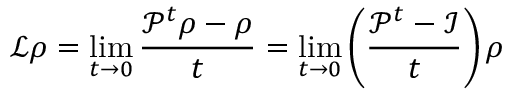
\mathcal { L } \rho = \operatorname* { l i m } _ { t \to 0 } \frac { \mathcal { P } ^ { t } \rho - \rho } { t } = \operatorname* { l i m } _ { t \to 0 } \left( \frac { \mathcal { P } ^ { t } - \mathcal { I } } { t } \right) \rho